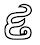
៩